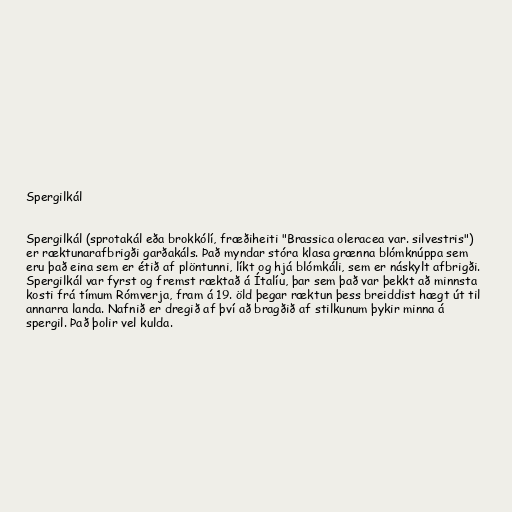
Spergilkál

Spergilkál (sprotakál eða brokkólí, fræðiheiti "Brassica oleracea var. silvestris")
er ræktunarafbrigði garðakáls. Það myndar stóra klasa grænna blómknúppa sem
eru það eina sem er étið af plöntunni, líkt og hjá blómkáli, sem er náskylt afbrigði.
Spergilkál var fyrst og fremst ræktað á Ítalíu, þar sem það var þekkt að minnsta
kosti frá tímum Rómverja, fram á 19. öld þegar ræktun þess breiddist hægt út til
annarra landa. Nafnið er dregið af því að bragðið af stilkunum þykir minna á
spergil. Það þolir vel kulda.